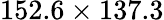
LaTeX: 152.6\times 137.3